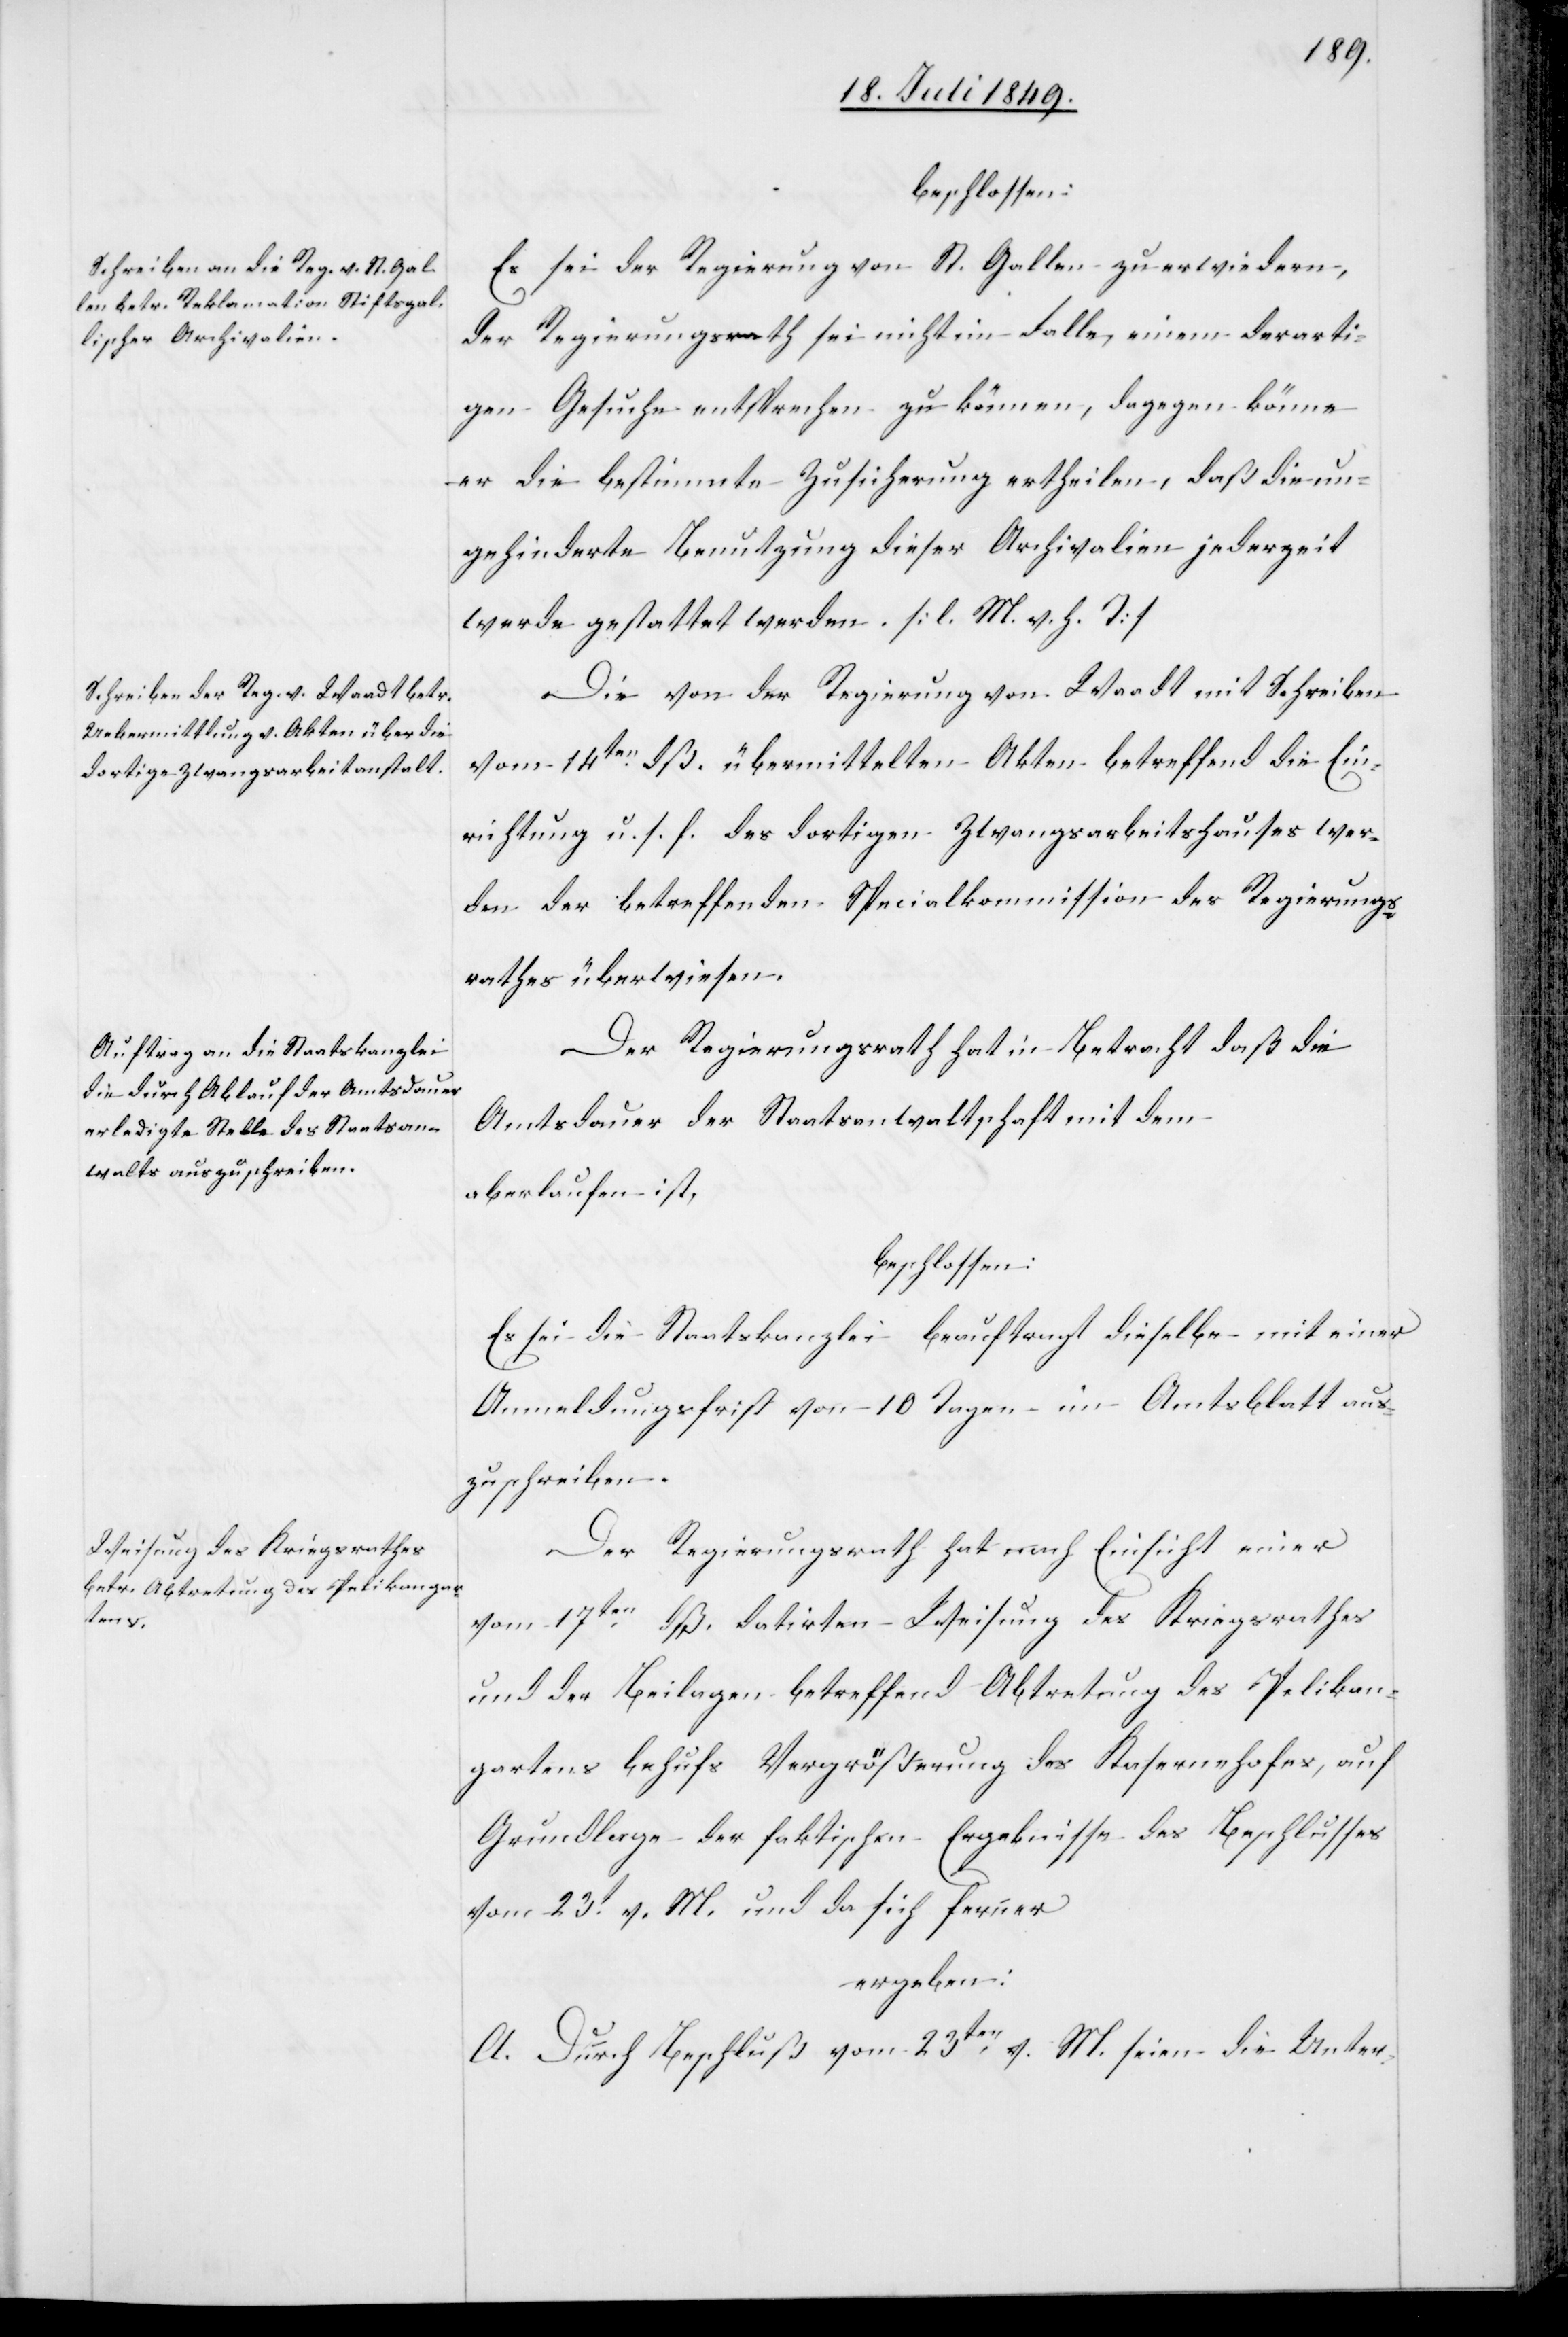
beschlossen:
Es sei der Regierung von St. Gallen zu erwiedern,
der Regierungsrath sei nicht im Falle, einem derarti¬
gen Gesuche entsprechen zu können, dagegen könne
er die bestimmte Zusicherung ertheilen, daß die un¬
gehinderte Benutzung dieser Archivalien jederzeit
werde gestattet werden. [l. M. v. h. T]
Die von der Regierung von Waadt mit Schreiben
vom 14ten dß. übermittelten Akten betreffend die Ein¬
richtung u. s. f. des dortigen Zwangsarbeitshauses wer¬
den der betreffenden Specialkommission des Regierungs¬
rathes überwiesen.
Der Regierungsrath hat in Betracht daß die
Amtsdauer der Staatsanwaltschaft mit dem
aberlaufen ist
beschlossen:
Es sei die Staatskanzlei beauftragt dieselbe mit einer
Anmeldungsfrist von – 10 Tagen – im Amtsblatt aus¬
zuschreiben.
Der Regierungsrath hat nach Einsicht einer
vom 17ten dß. datirten Weisung des Kriegsrathes
und der Beilagen betreffend Abtretung des Pelikan¬
gartens behufs Vergrößerung des Kasernehofes, auf
Grundlage der faktischen Ergebnisse des Beschlusses
vom 23t v. M. und da sich ferner
ergeben:
A. Durch Beschluß vom 23ten v. M. seien die Unter-